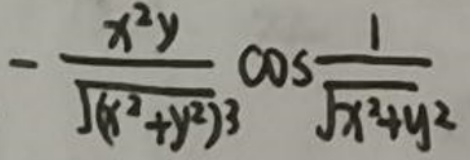
$-\frac{x^{2}y}{\sqrt{(x^{2}+y^{2})^{3}}}\cos\frac{1}{\sqrt{x^{2}+y^{2}}}$